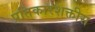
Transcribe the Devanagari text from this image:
प्रतिकारशक्तीस